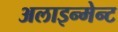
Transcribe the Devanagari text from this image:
अलाइन्मेन्ट